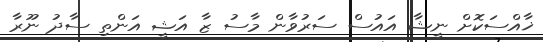
ޚާއްސަކޮށް ނީޝާ އައުސް ސަރުވާން މާސު ޒާ އަޝީ އަންތި ސާދު ނޫރާ